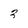
Character: 3